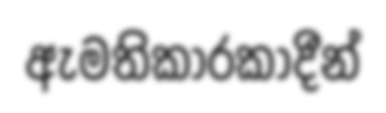
ඇමතිකාරකාදීන්